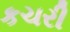
કચરી